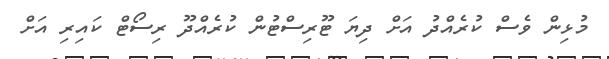
މުޅިން ވެސް ކުރެއްދު އަށް ދިޔަ ޓޫރިސްޓުން ކުރެއްދޫ ރިސޯޓް ކައިރި އަށް